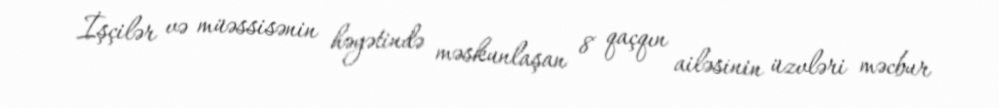
İşçilər və müəssisənin həyətində məskunlaşan 8 qaçqın ailəsinin üzvləri məcbur